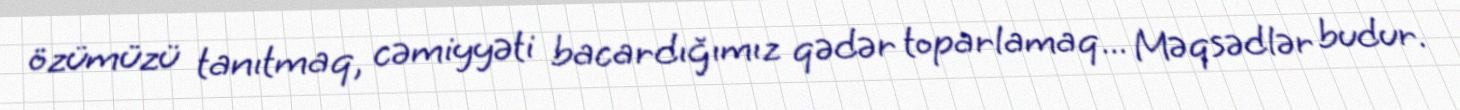
özümüzü tanıtmaq, cəmiyyəti bacardığımız qədər toparlamaq... Məqsədlər budur.